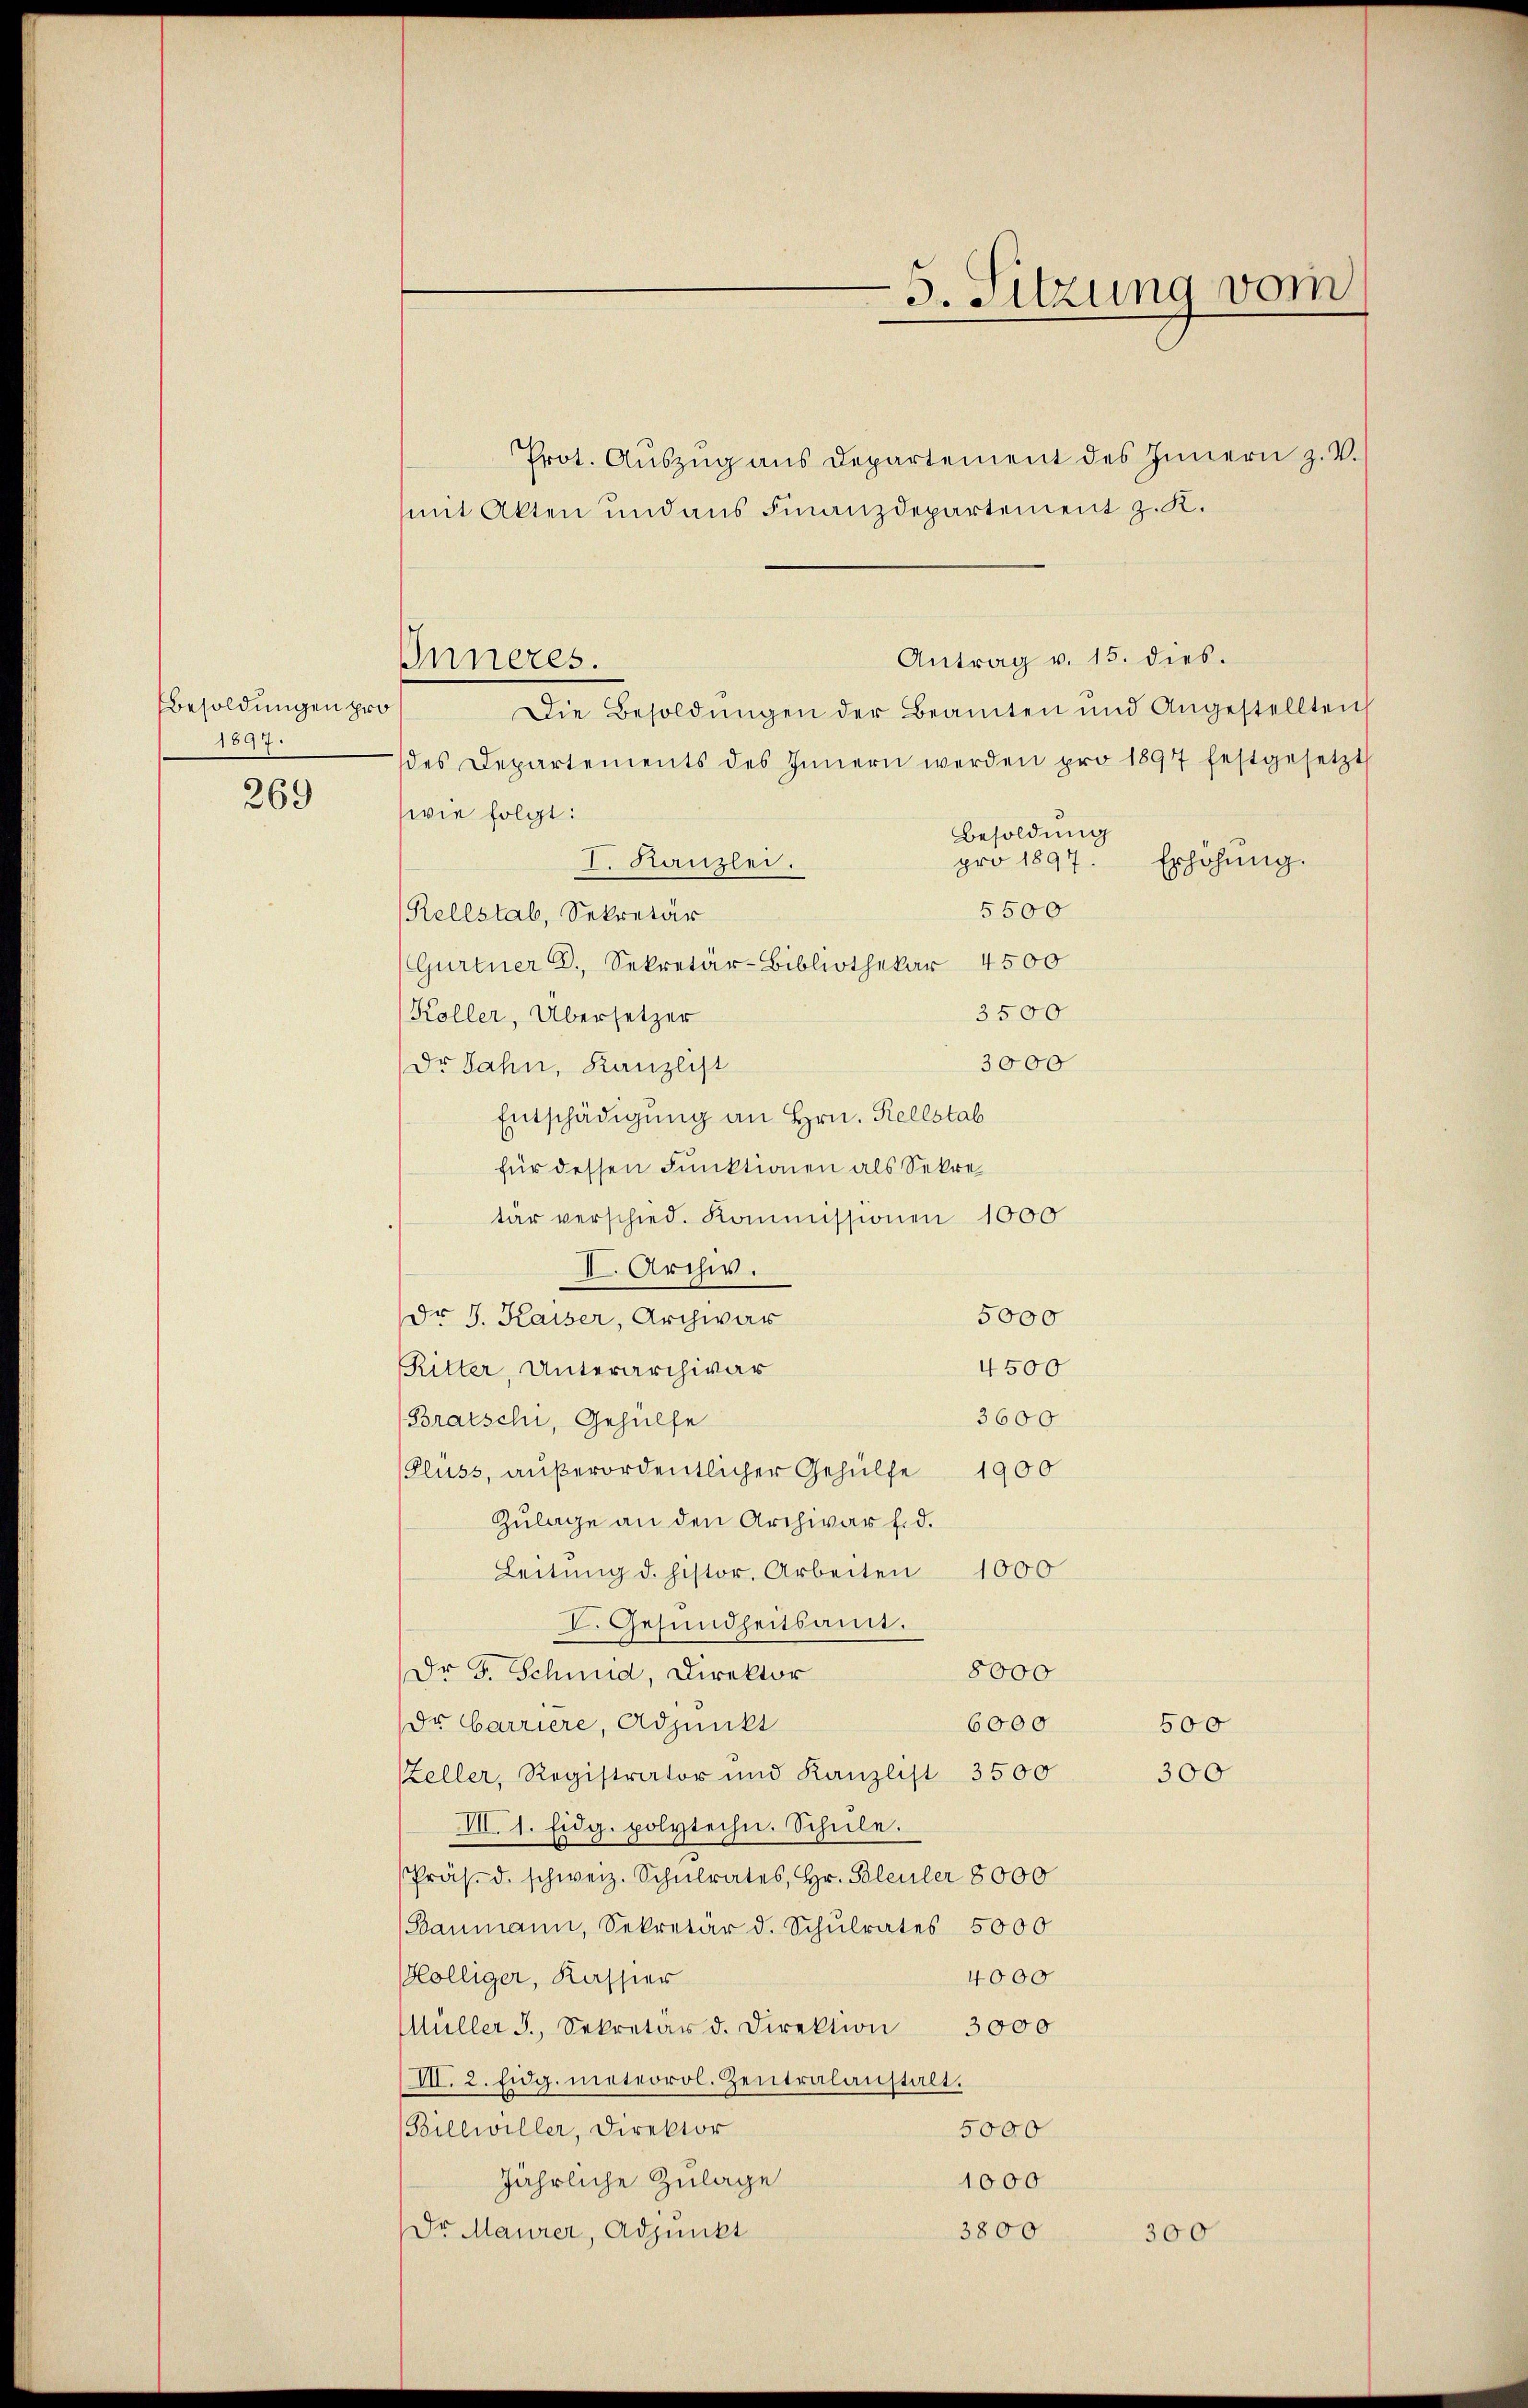
Besoldungen pro
1897.
269

Prot. Aŭszŭg ans Departement des Innern z. V.
mit Akten und aus Finanzdepartement z. K.
Antrag v. 15. dies.
Die Besoldungen der Beamten und Angestellten
des Departements des Innern werden pro 1897 festgesetzt
wie folgt:
Besoldung
pro 1897.
I. Kanzlei.
Erhöhung.
5500
Rellstab, Sekretär
Gurtner D. Sekretär-Bibliothekar 4500
3500
Koller, Übersetzer
3000
Dr Jahn, Kanzlist
Entschädigung an Hrn. Rellstab
für dessen Funktionen als Sekretar verschied. Kommissionen 1000
II. Archiv.
Dr J. Kaiser, Archwar
5000
4500
Ritter, Unterarchivar
3600
Bratschi, Gehülfe
Fluss, außerordentlicher Gehülfe 1900
Zulage an den Archivar d. d.
Leitŭng d. histor. Arbeiten 1000
I. Gesundheitsamt.
8000
Dr J. Schmid, Direktor
6000
dr barriere, Adjunkt
500
Zeller, Registrator und Kanzlist 3500
300
VII. 1. Eidg. polytechn. Schule.
Präs. d. schweiz. Schulrates, Hr. Soleuler 8000
(Baumann, Sekretär d. Schŭlrates 5000
ölliger, Kassier
4000
Müller 3., Sekretär d. Direktion 3000
III. 2. Eidg. meteorol. Zentralanstalt.
Billwiller, Direktor
5000
jährliche Zulage
1000
3800
Dr Maurer, Adjunkt
300

Inneres.

5. Sitzung vom